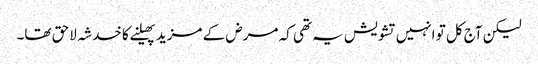
لیکن آج کل تو انہیں تشویش یہ تھی کہ مرض کے مزید پھیلنے کا خدشہ لاحق تھا۔